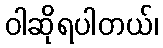
ဝါဆိုရပါတယ်၊